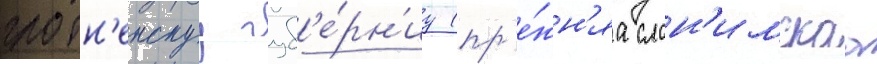
гродн'енскуу губ'е́рн'иу (пр'е́жн'яа слон'имскаа